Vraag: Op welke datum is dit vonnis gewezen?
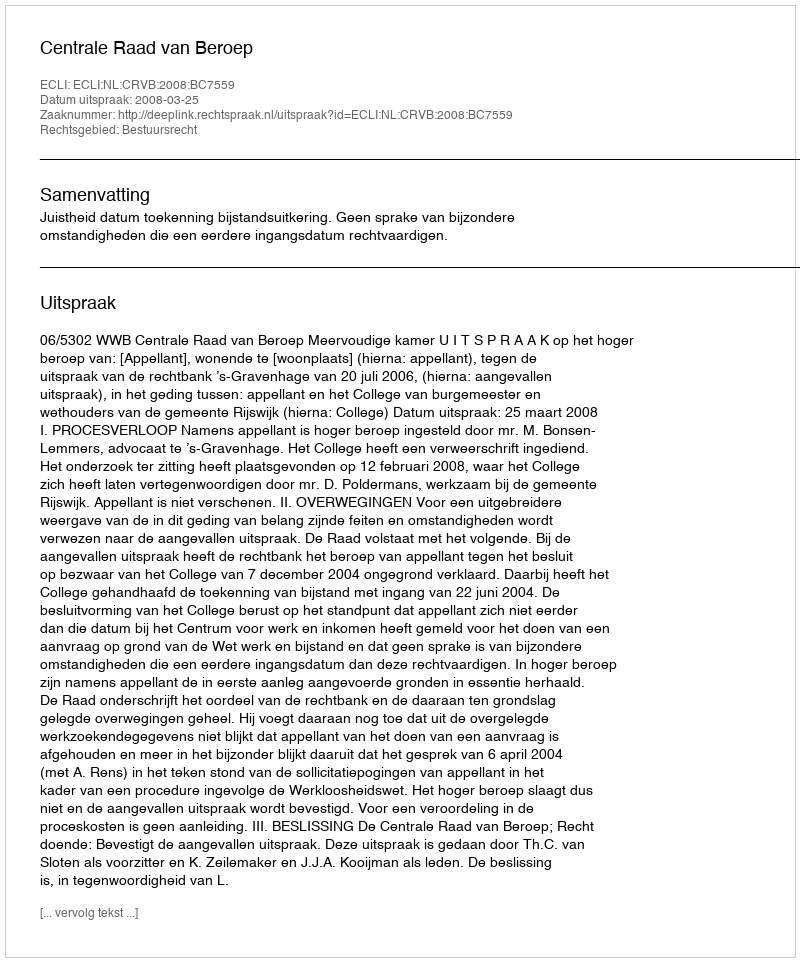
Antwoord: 2008-03-25